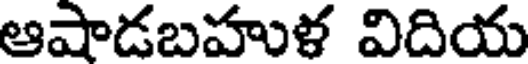
ఆషాడబహుళ విదియ